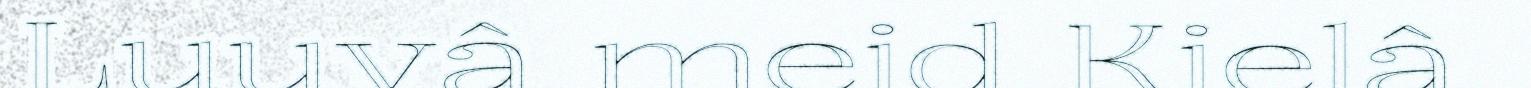
Luuvâ meid Kielâ